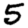
Digit: 5